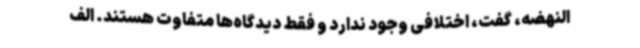
النهضه، گفت، اختلافی وجود ندارد و فقط دیدگاه‌ها متفاوت هستند. الف